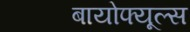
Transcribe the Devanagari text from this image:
बायोफ्यूल्स